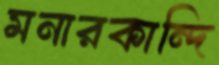
মনারকান্দি